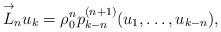
LaTeX: \begin{gather*}\overset{\rightarrow}{L}_n u_{k}=\rho_0^n p_{k-n}^{(n+1)}(u_1,\dots,u_{k-n}),\end{gather*}